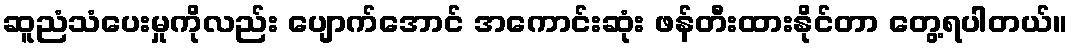
ဆူညံသံပေးမှုကိုလည်း ပျောက်အောင် အကောင်းဆုံး ဖန်တီးထားနိုင်တာ တွေ့ရပါတယ်။